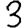
Digit: 3